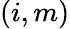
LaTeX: (i,m)